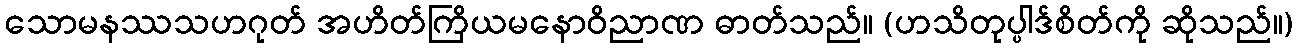
သောမနဿသဟဂုတ် အဟိတ်ကြိယမနောဝိညာဏ ဓာတ်သည်။ (ဟသိတုပ္ပါဒ်စိတ်ကို ဆိုသည်။)